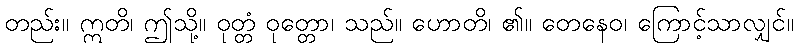
တည်း။ ဣတိ၊ ဤသို့။ ဝုတ္တံ ဝုတ္တော၊ သည်။ ဟောတိ၊ ၏။ တေနေဝ၊ ကြောင့်သာလျှင်။